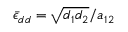
\bar { \epsilon } _ { d d } = \sqrt { d _ { 1 } d _ { 2 } } / a _ { 1 2 }